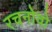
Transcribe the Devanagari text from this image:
रचनोवो